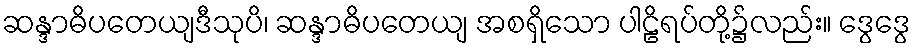
ဆန္ဒာဓိပတေယျဒီသုပိ၊ ဆန္ဒာဓိပတေယျ အစရှိသော ပါဠိရပ်တို့၌လည်း။ ဒွေဒွေ